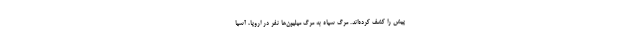
پیش را کشف کرده‌اند. مرگ سیاه به مرگ میلیون‌ها نفر در اروپا، آسیا